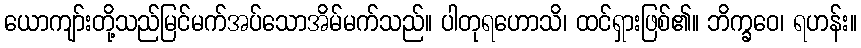
ယောကျာ်းတို့သည်မြင်မက်အပ်သောအိမ်မက်သည်။ ပါတုရဟောသိ၊ ထင်ရှားဖြစ်၏။ ဘိက္ခဝေ၊ ရဟန်း။